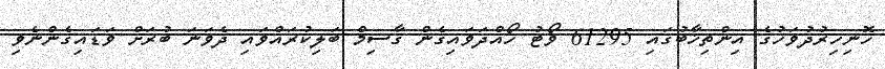
ހޮނިހިރުދުވަހުގެ އިންތިޚާބުގައި 61295 ވޯޓު ހޯއްދަވައިގެން ގާސިމް ބަލިކުރައްވައި ދެވަނަ ބުރަށް ވަޑައިގެންނެވި